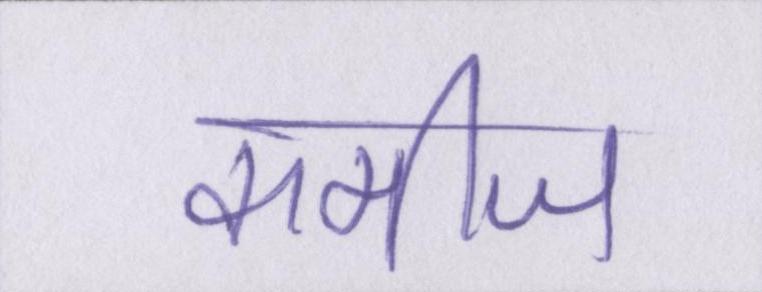
कमीज